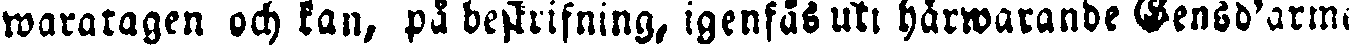
waratagen och kan, på beskrifning, igenfås uti härwarande Gensd'arme